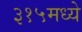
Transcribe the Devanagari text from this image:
३१५मध्ये